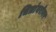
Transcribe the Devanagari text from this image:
चित्रांबरोबर